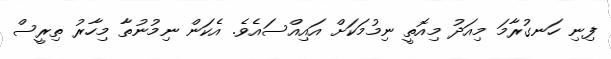
ފިނި ހަނގުރާމަ މިއަދު މިއޮތީ ނިމުމަކަށް އައިއްސައެވެ. އެކަން ނިމުނުތާ މިހާރު ތިރީސް